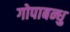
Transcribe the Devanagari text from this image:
गोपाबन्धु